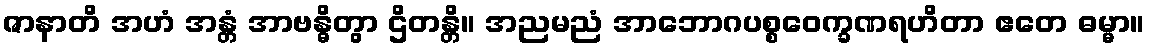
ဇာနာတိ အဟံ အန္တံ အာဗန္ဓိတွာ ဌိတန္တိ။ အညမညံ အာဘောဂပစ္စဝေက္ခဏရဟိတာ ဧတေ ဓမ္မာ။